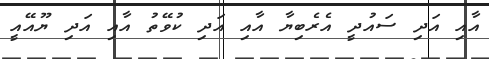
އާއި އަދި ސައުދީ އެރެބިޔާ އާއި އަދި ކުވޭތު އާއި އަދި ޔޫއޭއީ